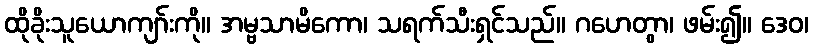
ထိုခိုးသူယောကျာ်းကို။ အမ္ဗသာမိကော၊ သရက်သီးရှင်သည်။ ဂဟေတွာ၊ ဖမ်း၍။ ဒေဝ၊